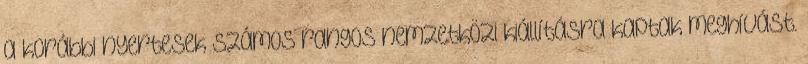
a korábbi nyertesek számos rangos nemzetközi kiállításra kaptak meghívást.